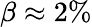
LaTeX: \beta\approx 2\%